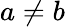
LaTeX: a\ne b